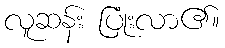
လူဆန်း ပြုံးလာ၏။